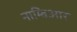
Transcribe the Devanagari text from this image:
नाम्बिआर